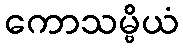
ကောသမ္ဗိယံ